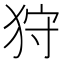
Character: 狩